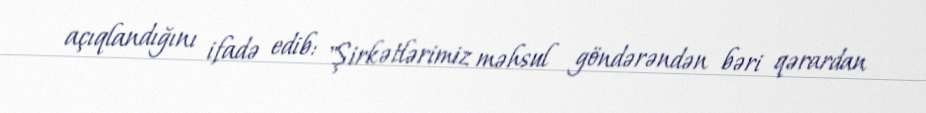
açıqlandığını ifadə edib: "Şirkətlərimiz məhsul göndərəndən bəri qərardan